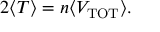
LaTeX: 2 \langle T \rangle = n \langle V _ { \mathrm { T O T } } \rangle .